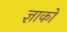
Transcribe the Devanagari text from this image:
ज्ञाको